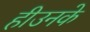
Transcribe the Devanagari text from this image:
हीउनके